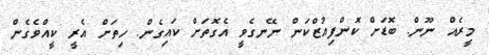
މީރެއް ނޫން. ބޮޑަށް ކޮންފިއުޒްކަން ނޭނގެވީ އެގޮތަށް ކައިގެން. ހިތަށް އެރީ ކީއްވެގެން